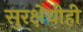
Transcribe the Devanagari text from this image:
सुरक्षेचीही